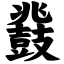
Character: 鼗